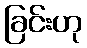
ခြင်းဟု